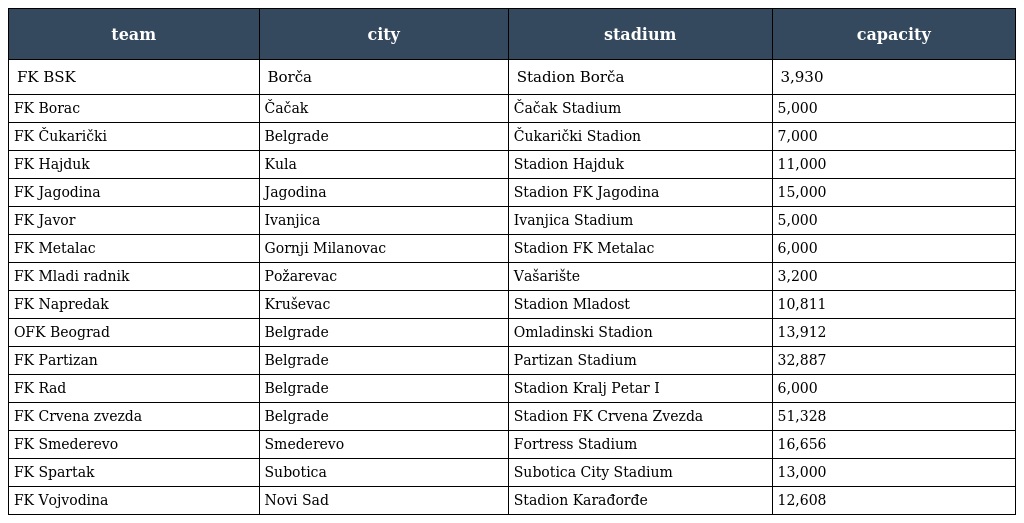
| team | city | stadium | capacity |
 | --- | --- | --- | --- |
 | FK BSK | Borča | Stadion Borča | 3,930 |
 | FK Borac | Čačak | Čačak Stadium | 5,000 |
 | FK Čukarički | Belgrade | Čukarički Stadion | 7,000 |
 | FK Hajduk | Kula | Stadion Hajduk | 11,000 |
 | FK Jagodina | Jagodina | Stadion FK Jagodina | 15,000 |
 | FK Javor | Ivanjica | Ivanjica Stadium | 5,000 |
 | FK Metalac | Gornji Milanovac | Stadion FK Metalac | 6,000 |
 | FK Mladi radnik | Požarevac | Vašarište | 3,200 |
 | FK Napredak | Kruševac | Stadion Mladost | 10,811 |
 | OFK Beograd | Belgrade | Omladinski Stadion | 13,912 |
 | FK Partizan | Belgrade | Partizan Stadium | 32,887 |
 | FK Rad | Belgrade | Stadion Kralj Petar I | 6,000 |
 | FK Crvena zvezda | Belgrade | Stadion FK Crvena Zvezda | 51,328 |
 | FK Smederevo | Smederevo | Fortress Stadium | 16,656 |
 | FK Spartak | Subotica | Subotica City Stadium | 13,000 |
 | FK Vojvodina | Novi Sad | Stadion Karađorđe | 12,608 |